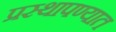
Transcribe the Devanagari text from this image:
प्रस्थापण्यात